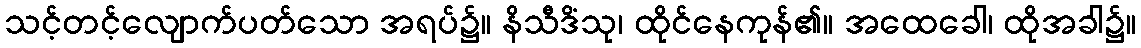
သင့်တင့်လျောက်ပတ်သော အရပ်၌။ နိသီဒိံသု၊ ထိုင်နေကုန်၏။ အထေခေါ၊ ထိုအခါ၌။